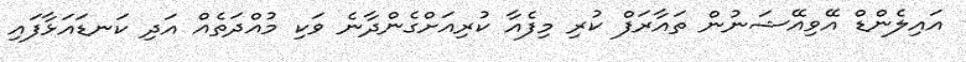
އައިލެންޑް އޭވިއޭޝަނުން ތައާރަފް ކުރި މިފެއާ ކުރިއަށްގެންދާނެ ވަކި މުއްދަތެއް އަދި ކަނޑައަޅާފައި